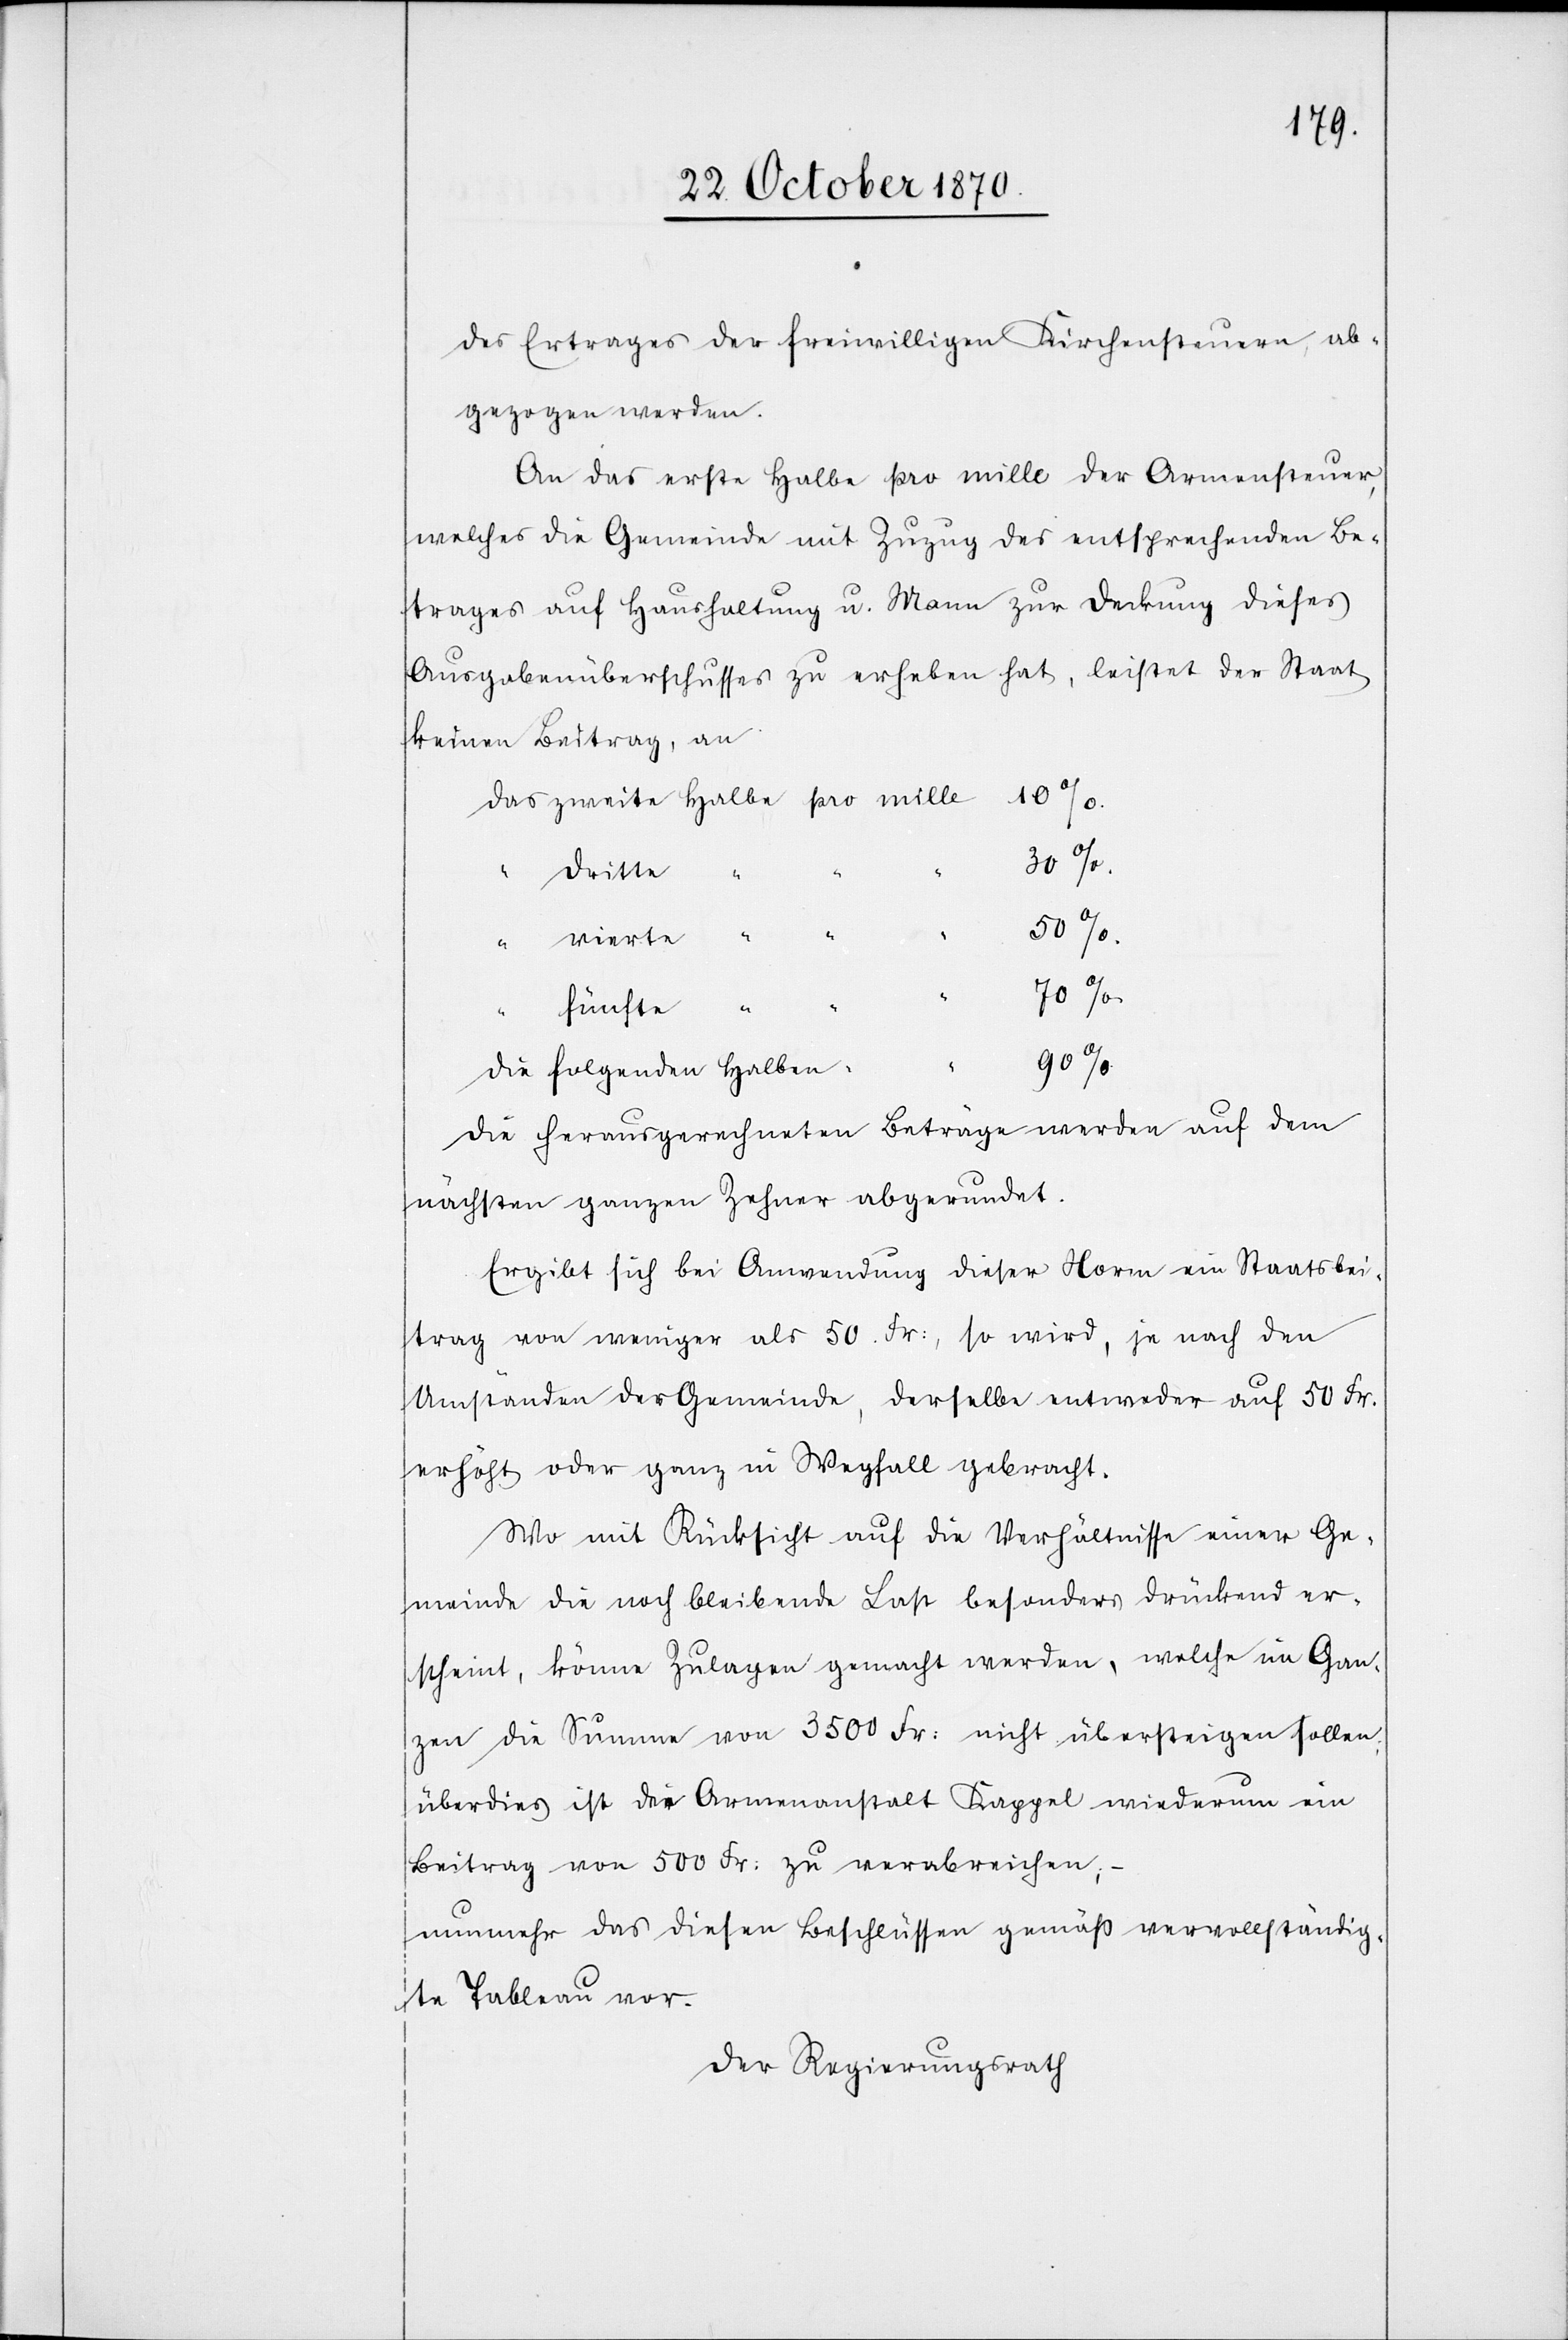
des Ertrages der freiwilligen Kirchensteuern ab¬
gezogen werden.
An das erste Halbe pro mille der Armensteuer,
welches die Gemeinde mit Zuzug des entsprechenden Be¬
trages auf Haushaltung u. Mann zur Deckung dieses
Ausgabenüberschusses zu erheben hat, leistet der Staat
keinen Beitrag, an
dritte
Halben
“
vierte
“
“
fünfte
Die herausgerechneten Beträge werden auf den
nächsten ganzen Zehner abgerundet.
Ergibt sich bei Anwendung dieser Norm ein Staatsbei¬
trag von weniger als 50 Fr:, so wird, je nach den
Umständen der Gemeinde, derselbe entweder auf 50 Fr.
erhöht oder ganz in Wegfall gebracht.
Wo mit Rücksicht auf die Verhältnisse einer Ge¬
meinde die noch bleibende Last besonders drückend er¬
scheint, können Zulagen gemacht werden, welche im Gan¬
zen die Summe von 3500 Fr: nicht übersteigen sollen;
überdies ist der Armenanstalt Kappel wiederum ein
Beitrag von 500 Fr: zu verabreichen, –
nunmehr das diesen Beschlüssen gemäß vervollständig¬
te Tableau vor.
Der Regierungsrath